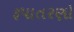
રૂપાતરણો